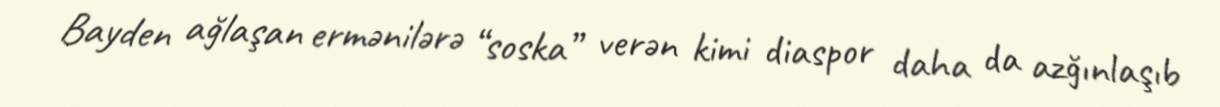
Bayden ağlaşan ermənilərə “soska” verən kimi diaspor daha da azğınlaşıb